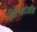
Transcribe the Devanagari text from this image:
ड्रिफ्टवरदेखील